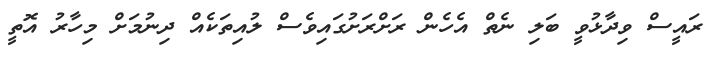
ރައީސް ވިދާޅުވީ ބަލި ނެތް އެހެން ރަށްރަށުގައިވެސް ލުއިތަކެއް ދިނުމަށް މިހާރު އޮތީ